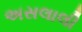
અસલાલી